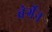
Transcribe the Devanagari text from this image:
बेर्गेन